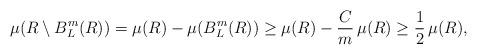
LaTeX: \begin{align*}\mu(R\setminus B_L^m(R)) = \mu(R) - \mu(B_L^m(R))\geq \mu(R) - \frac Cm \,\mu(R)\geq \frac12\,\mu(R),\end{align*}